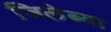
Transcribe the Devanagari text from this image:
जिलेब्या